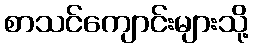
စာသင်ကျောင်းများသို့